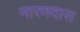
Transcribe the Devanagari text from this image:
नारणदास